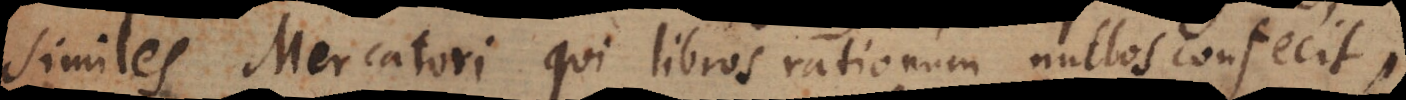
similes Mercatori qui libros rationum nullos confecit,